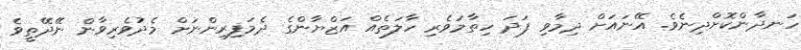
ހަނދާންކޮށްދިނެވެ. އޭނައަށް ދިމާވި ފަދަ ހިތާމަވެރި ހާލަތެއް އަޒްޔާންގެ ދެމަފިރިންނަށް މެދުވެރިވާން ނޭދޭތީވެ